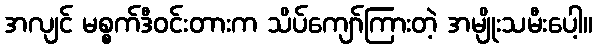
အလျင် မစ္စက်ဒီဝင်းတားက သိပ်ကျော်ကြားတဲ့ အမျိုးသမီးပေါ့။